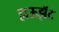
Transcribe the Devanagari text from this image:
हाऊझॅट